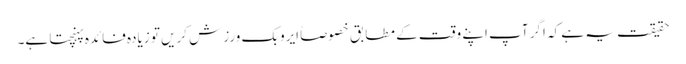
حقیقت یہ ہے کہ اگر آپ اپنے وقت کے مطابق خصوصاً ایروبک ورزش کریں تو زیادہ فائدہ پہنچتا ہے۔